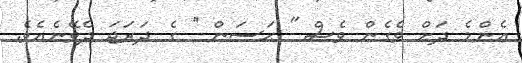
އެންމެ ދަށް ވެގެން ވެސް '' ޙަސަން '' ގެ ދަރަޖަ ދެވޭނެއެވެ.